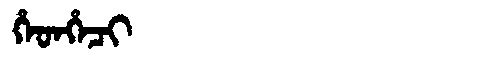
Manchu: ᡥᡝᡨᡥᡝᠴᡳ
Romanization: HETHECI